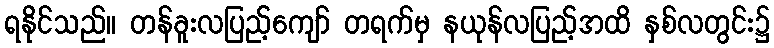
ရနိုင်သည်။ တန်ခူးလပြည့်ကျော် တရက်မှ နယုန်လပြည့်အထိ နှစ်လတွင်း၌